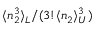
\langle n _ { 2 } ^ { 3 } \rangle _ { L } / ( 3 ! \langle n _ { 2 } \rangle _ { U } ^ { 3 } )